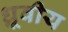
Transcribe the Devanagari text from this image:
ध्रूवीय